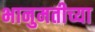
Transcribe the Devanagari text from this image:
भानुमतीच्या